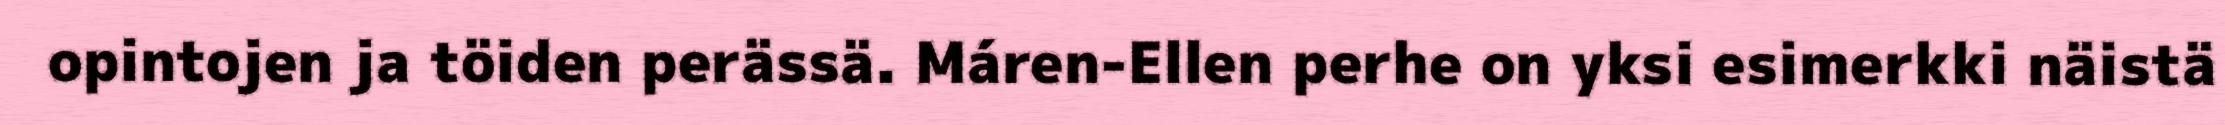
opintojen ja töiden perässä. Máren-Ellen perhe on yksi esimerkki näistä